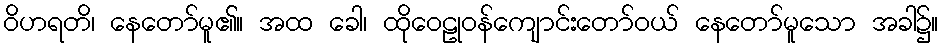
ဝိဟရတိ၊ နေတော်မူ၏။ အထ ခေါ၊ ထိုဝေဠုဝန်ကျောင်းတော်ဝယ် နေတော်မူသော အခါ၌။